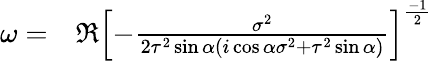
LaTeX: \begin{array}{rl}{\omega=}&{{}\Re\left[-\frac{\sigma^{2}}{2\tau^{2}\sin{\alpha}(i\cos\alpha\sigma^{2}+\tau^{2}\sin{\alpha})}\right]^{\frac{-1}{2}}}\end{array}